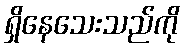
ရှိနေသေးသည်ကို